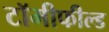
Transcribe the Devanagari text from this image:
टॉमीफील्ड